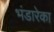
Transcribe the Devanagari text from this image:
भंडारेका